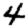
Digit: 4